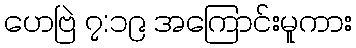
ဟေဗြဲ ၇:၁၉ အကြောင်းမူကား